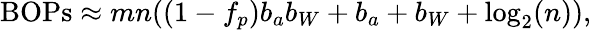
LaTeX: \mathrm{BOPs}\approx mn((1-f_{p})b_{a}b_{W}+b_{a}+b_{W}+\log_{2}(n)),